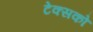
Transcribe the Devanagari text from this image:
टेक्सको